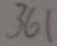
3 6 1